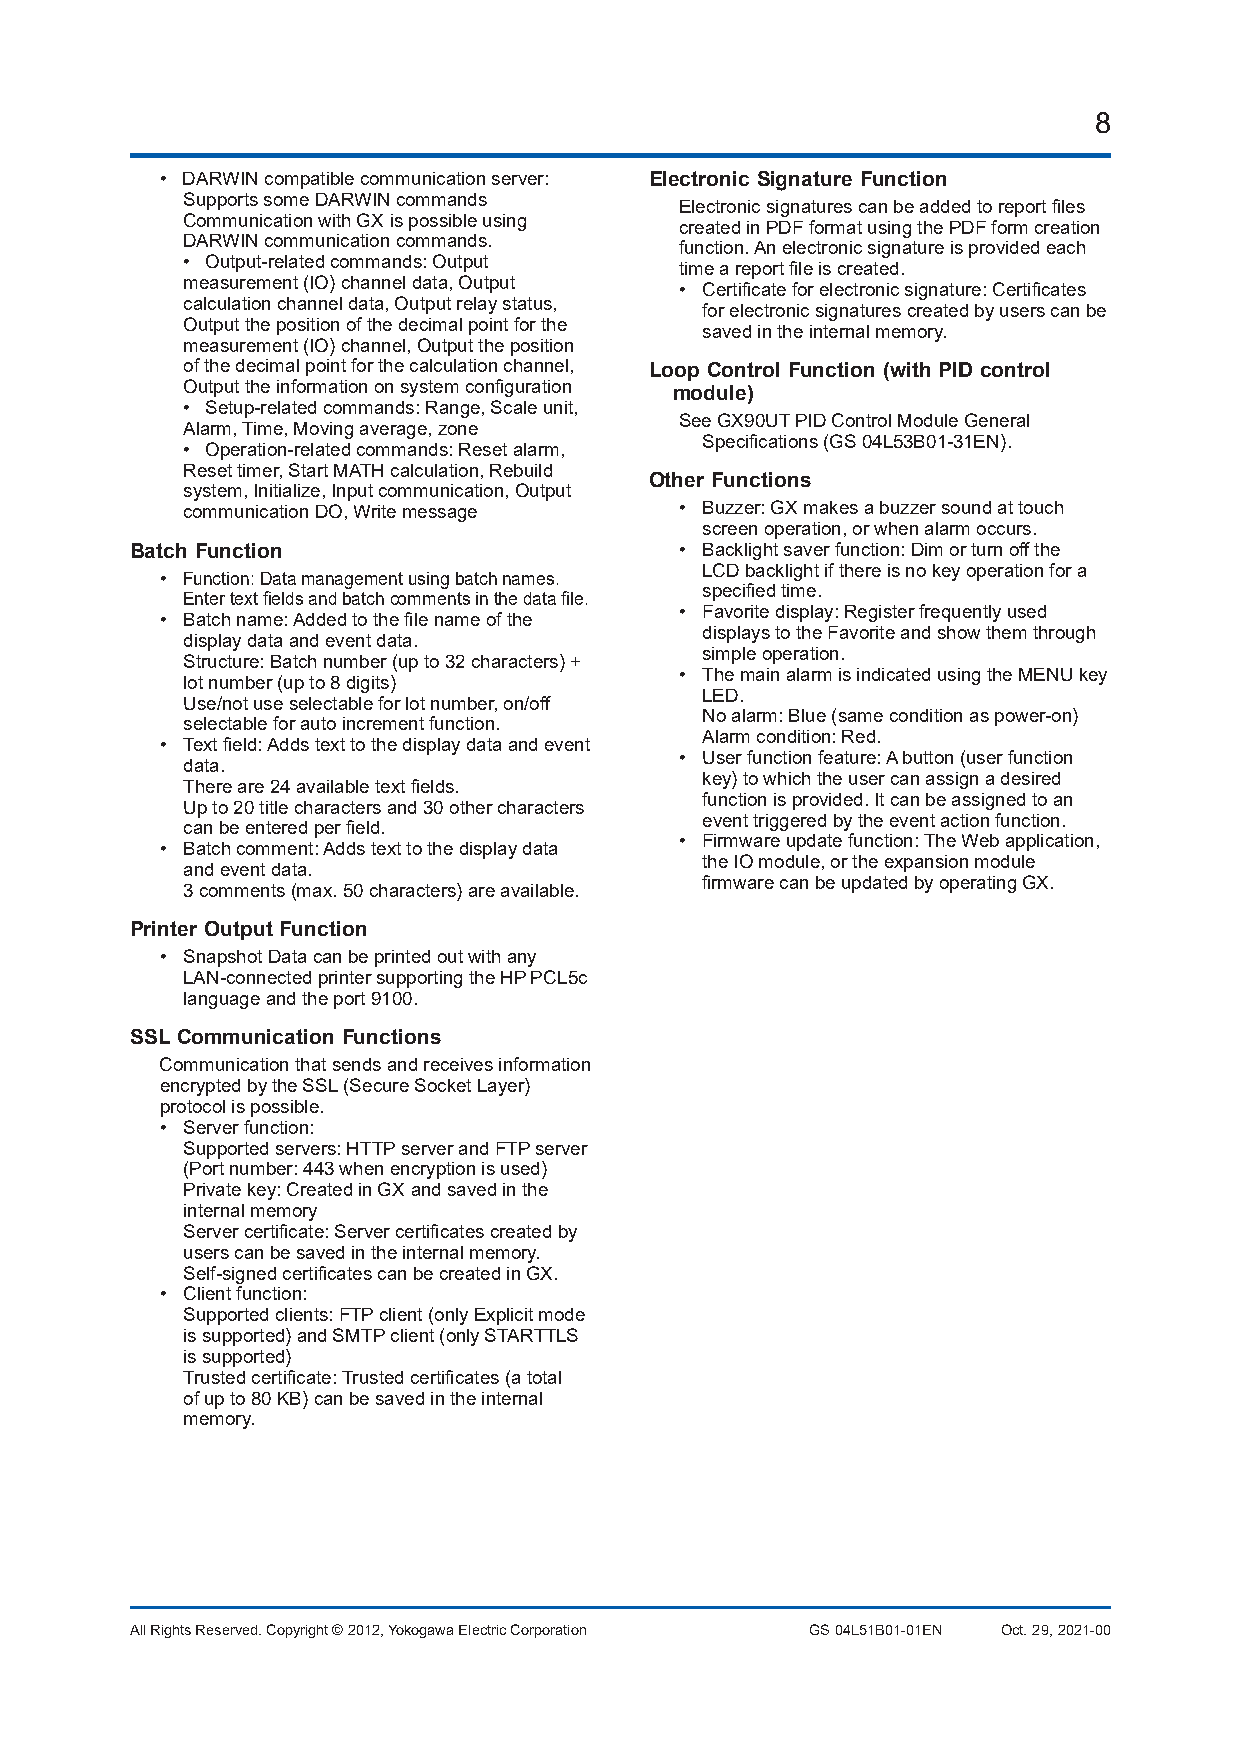
8
 • DARWIN compatible communication server: Electronic Signature Function
 Supports some DARWIN commands
 Electronic signatures can be added to report files
 Communication with GX is possible using
 created in PDF format using the PDF form creation
 DARWIN communication commands.
 function. An electronic signature is provided each
 • Output-related commands: Output
 time a report file is created.
 measurement (IO) channel data, Output
 • Certificate for electronic signature: Certificates
 calculation channel data, Output relay status,
 for electronic signatures created by users can be
 Output the position of the decimal point for the
 saved in the internal memory.
 measurement (IO) channel, Output the position
 of the decimal point for the calculation channel, Loop Control Function (with PID control
 Output the information on system configuration
 module)
 • Setup-related commands: Range, Scale unit,
 See GX90UT PID Control Module General
 Alarm, Time, Moving average, zone
 Specifications (GS 04L53B01-31EN).
 • Operation-related commands: Reset alarm,
 Reset timer, Start MATH calculation, Rebuild
 Other Functions
 system, Initialize, Input communication, Output
 communication DO, Write message  • Buzzer: GX makes a buzzer sound at touch
 screen operation, or when alarm occurs.
 Batch Function                      • Backlight saver function: Dim or turn off the
 LCD backlight if there is no key operation for a
 • Function: Data management using batch names.
 specified time.
 Enter text fields and batch comments in the data file.
 • Favorite display: Register frequently used
 • Batch name: Added to the file name of the
 displays to the Favorite and show them through
 display data and event data.
 simple operation.
 Structure: Batch number (up to 32 characters) +
 • The main alarm is indicated using the MENU key
 lot number (up to 8 digits)
 LED.
 Use/not use selectable for lot number, on/off
 No alarm: Blue (same condition as power-on)
 selectable for auto increment function.
 Alarm condition: Red.
 • Text field: Adds text to the display data and event
 • User function feature: A button (user function
 data.
 key) to which the user can assign a desired
 There are 24 available text fields.
 function is provided. It can be assigned to an
 Up to 20 title characters and 30 other characters
 event triggered by the event action function.
 can be entered per field.
 • Firmware update function: The Web application,
 • Batch comment: Adds text to the display data
 the IO module, or the expansion module
 and event data.
 firmware can be updated by operating GX.
 3 comments (max. 50 characters) are available.
 Printer Output Function
 • Snapshot Data can be printed out with any
 LAN-connected printer supporting the HP PCL5c
 language and the port 9100.
 SSL Communication Functions
 Communication that sends and receives information
 encrypted by the SSL (Secure Socket Layer)
 protocol is possible.
 • Server function:
 Supported servers: HTTP server and FTP server
 (Port number: 443 when encryption is used)
 Private key: Created in GX and saved in the
 internal memory
 Server certificate: Server certificates created by
 users can be saved in the internal memory.
 Self-signed certificates can be created in GX.
 • Client function:
 Supported clients: FTP client (only Explicit mode
 is supported) and SMTP client (only STARTTLS
 is supported)
 Trusted certificate: Trusted certificates (a total
 of up to 80 KB) can be saved in the internal
 memory.
 All Rights Reserved. Copyright © 2012, Yokogawa Electric Corporation GS 04L51B01-01EN Oct. 29, 2021-00